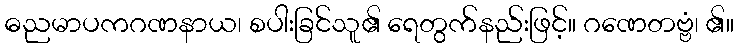
ဓညမာပကဂဏနာယ၊ စပါးခြင်သူ၏ ရေတွက်နည်းဖြင့်။ ဂဏေတဗ္ဗံ၊ ၏။